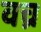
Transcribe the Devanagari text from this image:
वच्र